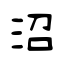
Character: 沼